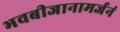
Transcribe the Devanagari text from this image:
भवबीजानामर्जनं